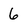
Character: 6